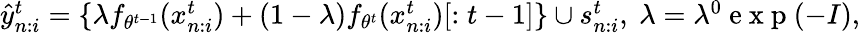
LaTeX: \begin{array}{r}{\hat{y}_{n:i}^{t}=\{ \lambda f_{\theta^{t-1}}(x_{n:i}^{t})+(1-\lambda)f_{\theta^{t}}(x_{n:i}^{t})[:t-1]\} \cup s_{n:i}^{t},~\lambda=\lambda^{0}\mathrm{~e~x~p~}(-I),}\end{array}